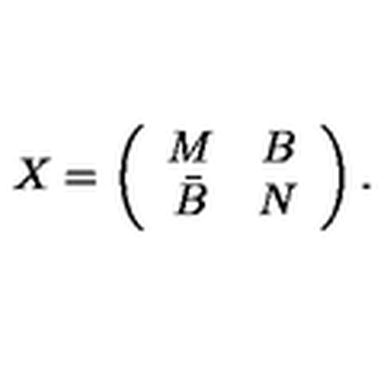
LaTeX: X = \left( \begin{array} { c c } { M } & { B } \\ { \bar { B } } & { N } \\ \end{array} \right) .